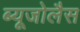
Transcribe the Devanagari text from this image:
ब्यूजोलैस